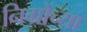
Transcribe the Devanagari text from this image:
निग्रोंच्या